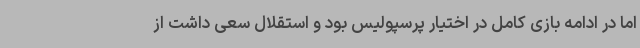
اما در ادامه بازی کامل در اختیار پرسپولیس بود و استقلال سعی داشت از